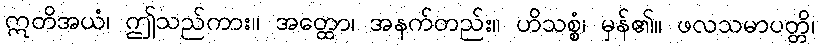
ဣတိအယံ၊ ဤသည်ကား။ အတ္ထော၊ အနက်တည်း။ ဟိသစ္စံ၊ မှန်၏။ ဖလသမာပတ္တိ၊